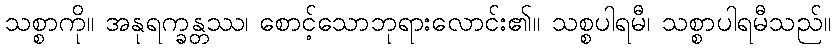
သစ္စာကို။ အနုရက္ခန္တဿ၊ စောင့်သောဘုရားလောင်း၏။ သစ္စပါရမီ၊ သစ္စာပါရမီသည်။